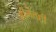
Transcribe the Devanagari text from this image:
सीमेतही